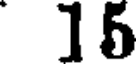
15